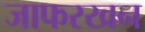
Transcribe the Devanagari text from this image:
जाफरखन